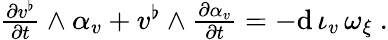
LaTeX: \begin{array}{r}{\frac{\partial v^{\flat}}{\partial t}\wedge\alpha_{v}+v^{\flat}\wedge\frac{\partial\alpha_{v}}{\partial t}=-\mathrm{d}\, \iota_{v}\, \omega_{\xi}\ .}\end{array}